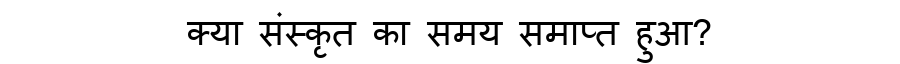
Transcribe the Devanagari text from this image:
क्या संस्कृत का समय समाप्त हुआ?